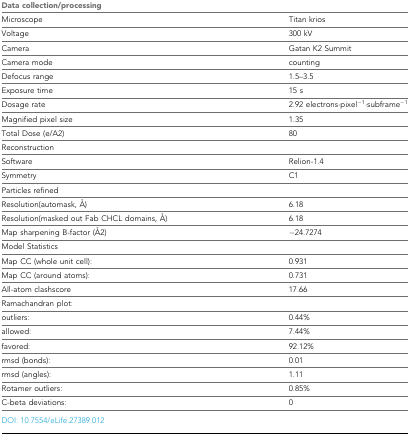
| <COLSPAN=2> Data collection/processing |
 | --- | --- |
 | Microscope | Titan krios |
 | Voltage | 300 kV |
 | Camera | Gatan K2 Summit |
 | Camera mode | counting |
 | Defocus range | 1.5–3.5 |
 | Exposure time | 15 s |
 | Dosage rate | 2.92 electrons⋅pixel−1⋅subframe−1 |
 | Magnified pixel size | 1.35 |
 | Total Dose (e/A2) | 80 |
 | <COLSPAN=2> Reconstruction |
 | Software | Relion-1.4 |
 | Symmetry | C1 |
 | Particles refined |  |
 | Resolution(automask, Å) | 6.18 |
 | Resolution(masked out Fab CHCL domains, Å) | 6.18 |
 | Map sharpening B-factor (Å2) | −24.7274 |
 | <COLSPAN=2> Model Statistics |
 | Map CC (whole unit cell): | 0.931 |
 | Map CC (around atoms): | 0.731 |
 | All-atom clashscore | 17.66 |
 | Ramachandran plot: |  |
 | outliers: | 0.44% |
 | allowed: | 7.44% |
 | favored: | 92.12% |
 | rmsd (bonds): | 0.01 |
 | rmsd (angles): | 1.11 |
 | Rotamer outliers: | 0.85% |
 | C-beta deviations: | 0 |